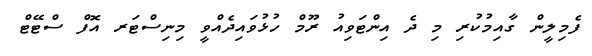
ފެމިލީން ގާއިމުކުރި މި ދެ އިންޓަވިއު ރޫމް ހުޅުވައިދެއްވީ މިނިސްޓަރ އޮފް ސްޓޭޓް